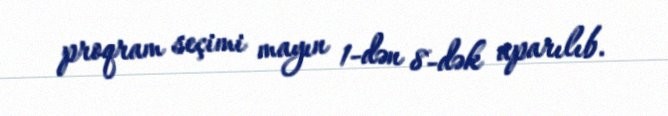
proqram seçimi mayın 1-dən 8-dək aparılıb.